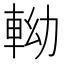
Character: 軪